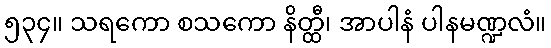
၅၃၄။ သရကော စသကော နိတ္ထီ၊ အာပါနံ ပါနမဏ္ဍလံ။